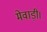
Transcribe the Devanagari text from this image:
मेवाड़ी।